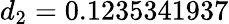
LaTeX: d_{2}=0.1235341937